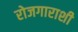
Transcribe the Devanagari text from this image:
रोजगाराशी